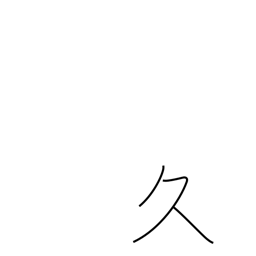
Meaning: long time